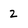
Character: 2